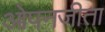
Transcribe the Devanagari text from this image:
ओपनजीता